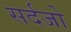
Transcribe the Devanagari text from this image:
सर्दजो